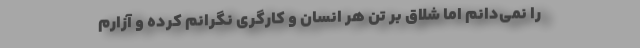
را نمی‌دانم اما شلاق بر تن هر انسان و کارگری نگرانم کرده و آزارم